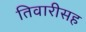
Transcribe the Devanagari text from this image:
तिवारीसह